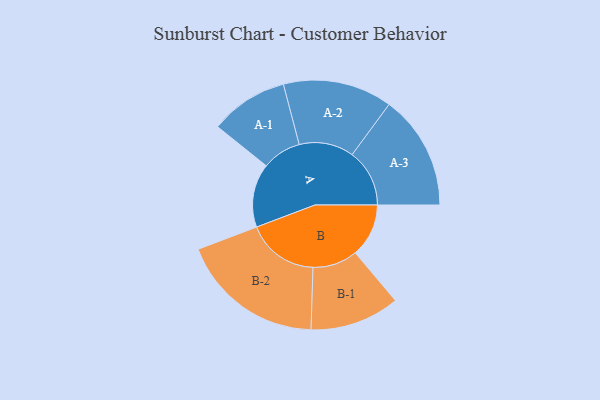
{"axis": {"x": "Segment", "y": "Value"}, "legend": ["", "A", "B"], "data": [{"x": "A", "y": 254, "type": ""}, {"x": "B", "y": 213, "type": ""}, {"x": "A-1", "y": 156, "type": "A"}, {"x": "A-2", "y": 218, "type": "A"}, {"x": "A-3", "y": 229, "type": "A"}, {"x": "B-1", "y": 179, "type": "B"}, {"x": "B-2", "y": 288, "type": "B"}]}